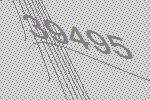
39495